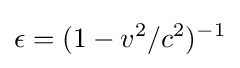
\epsilon =(1-v^{2}/c^{2})^{-1}